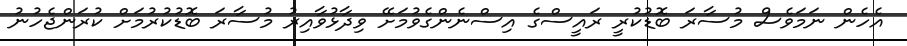
އެހެން ނަމަވެސް މުސާރަ ބޮޑުކުރީ ރައީސްގެ އިސްނެންގެވުމަށޭ ވިދާޅުވާއިރު މުސާރަ ބޮޑުކުރުމަށް ކުރަންޖެހުނު